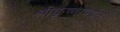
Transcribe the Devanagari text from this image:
श्रीकृष्णापर्यंत